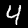
Digit: 4